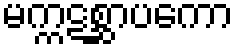
မက္ကဋစ္ဆာပကော